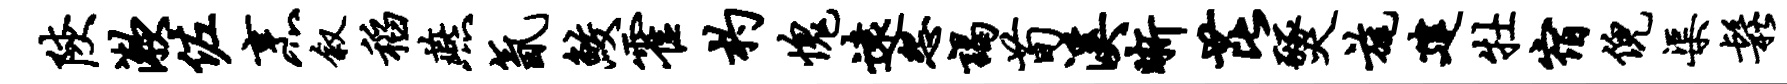
陕漱佐烹叙稻燕氤鲛霍杓愧远怨谒荀溪晰芘燹旄建牡宿倪渠松